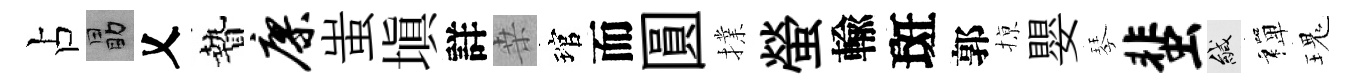
占勗乂贄廖蚩塡詳桒琯而圓擈螢輸斑郭𢱊嬰琴蜚緘禪瑰